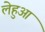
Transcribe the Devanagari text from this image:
लेहुआ